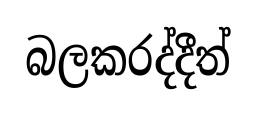
බලකරද්දීත්